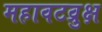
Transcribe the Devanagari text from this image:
महावटव्रुक्ष